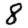
Digit: 8